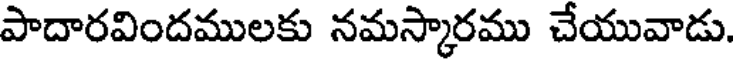
పాదారవిందములకు నమస్కారము చేయువాడు.